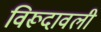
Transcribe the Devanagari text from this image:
विरूदावली